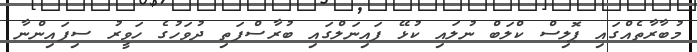
މުބާރާތެއްގައި ޕޮލިސް ކްލަބް ނުލައި ކުޅޭ ފައިނަލްގައި ބުރާސްފަތި ދުވަހުގެ ހަވީރު ސިފައިންނާ